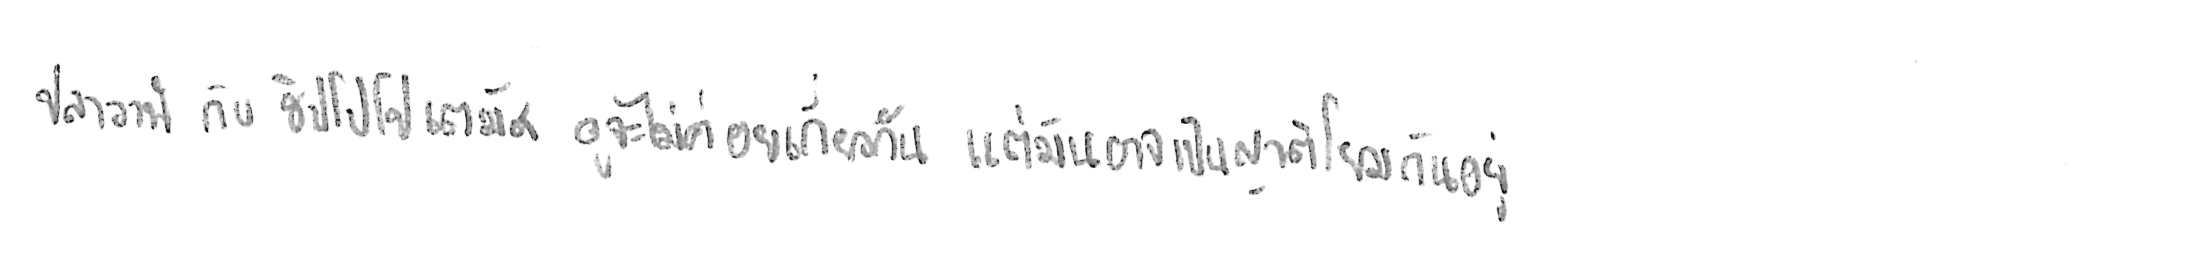
ปลาวาฬ กับ ฮิปโปโปเตมัส ดูจะไม่ค่อยเกี่ยวกัน แต่มันอาจเป็นญาติโยมกันอยู่